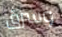
وسرق